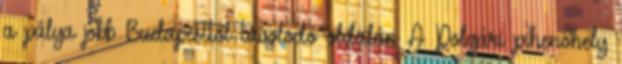
a pálya jobb Budapesttől távolodó oldalán A Polgári pihenőhely